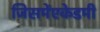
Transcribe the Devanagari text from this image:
जिसमेंएकेडमी